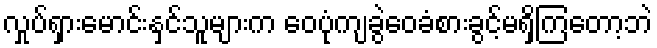
လှုပ်ရှားမောင်းနှင်သူများက ဝေပုံကျခွဲဝေခံစားခွင့်မရှိကြတော့ဘဲ